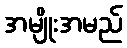
အမျိုးအမည်